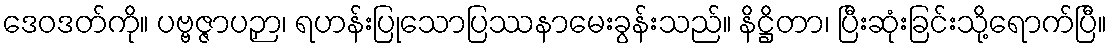
ဒေဝဒတ်ကို။ ပဗ္ဗဇ္ဇာပဉှာ၊ ရဟန်းပြုသောပြဿနာမေးခွန်းသည်။ နိဋ္ဌိတာ၊ ပြီးဆုံးခြင်းသို့ရောက်ပြီ။